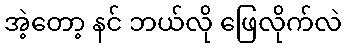
အဲ့တော့ နင် ဘယ်လို ဖြေလိုက်လဲ